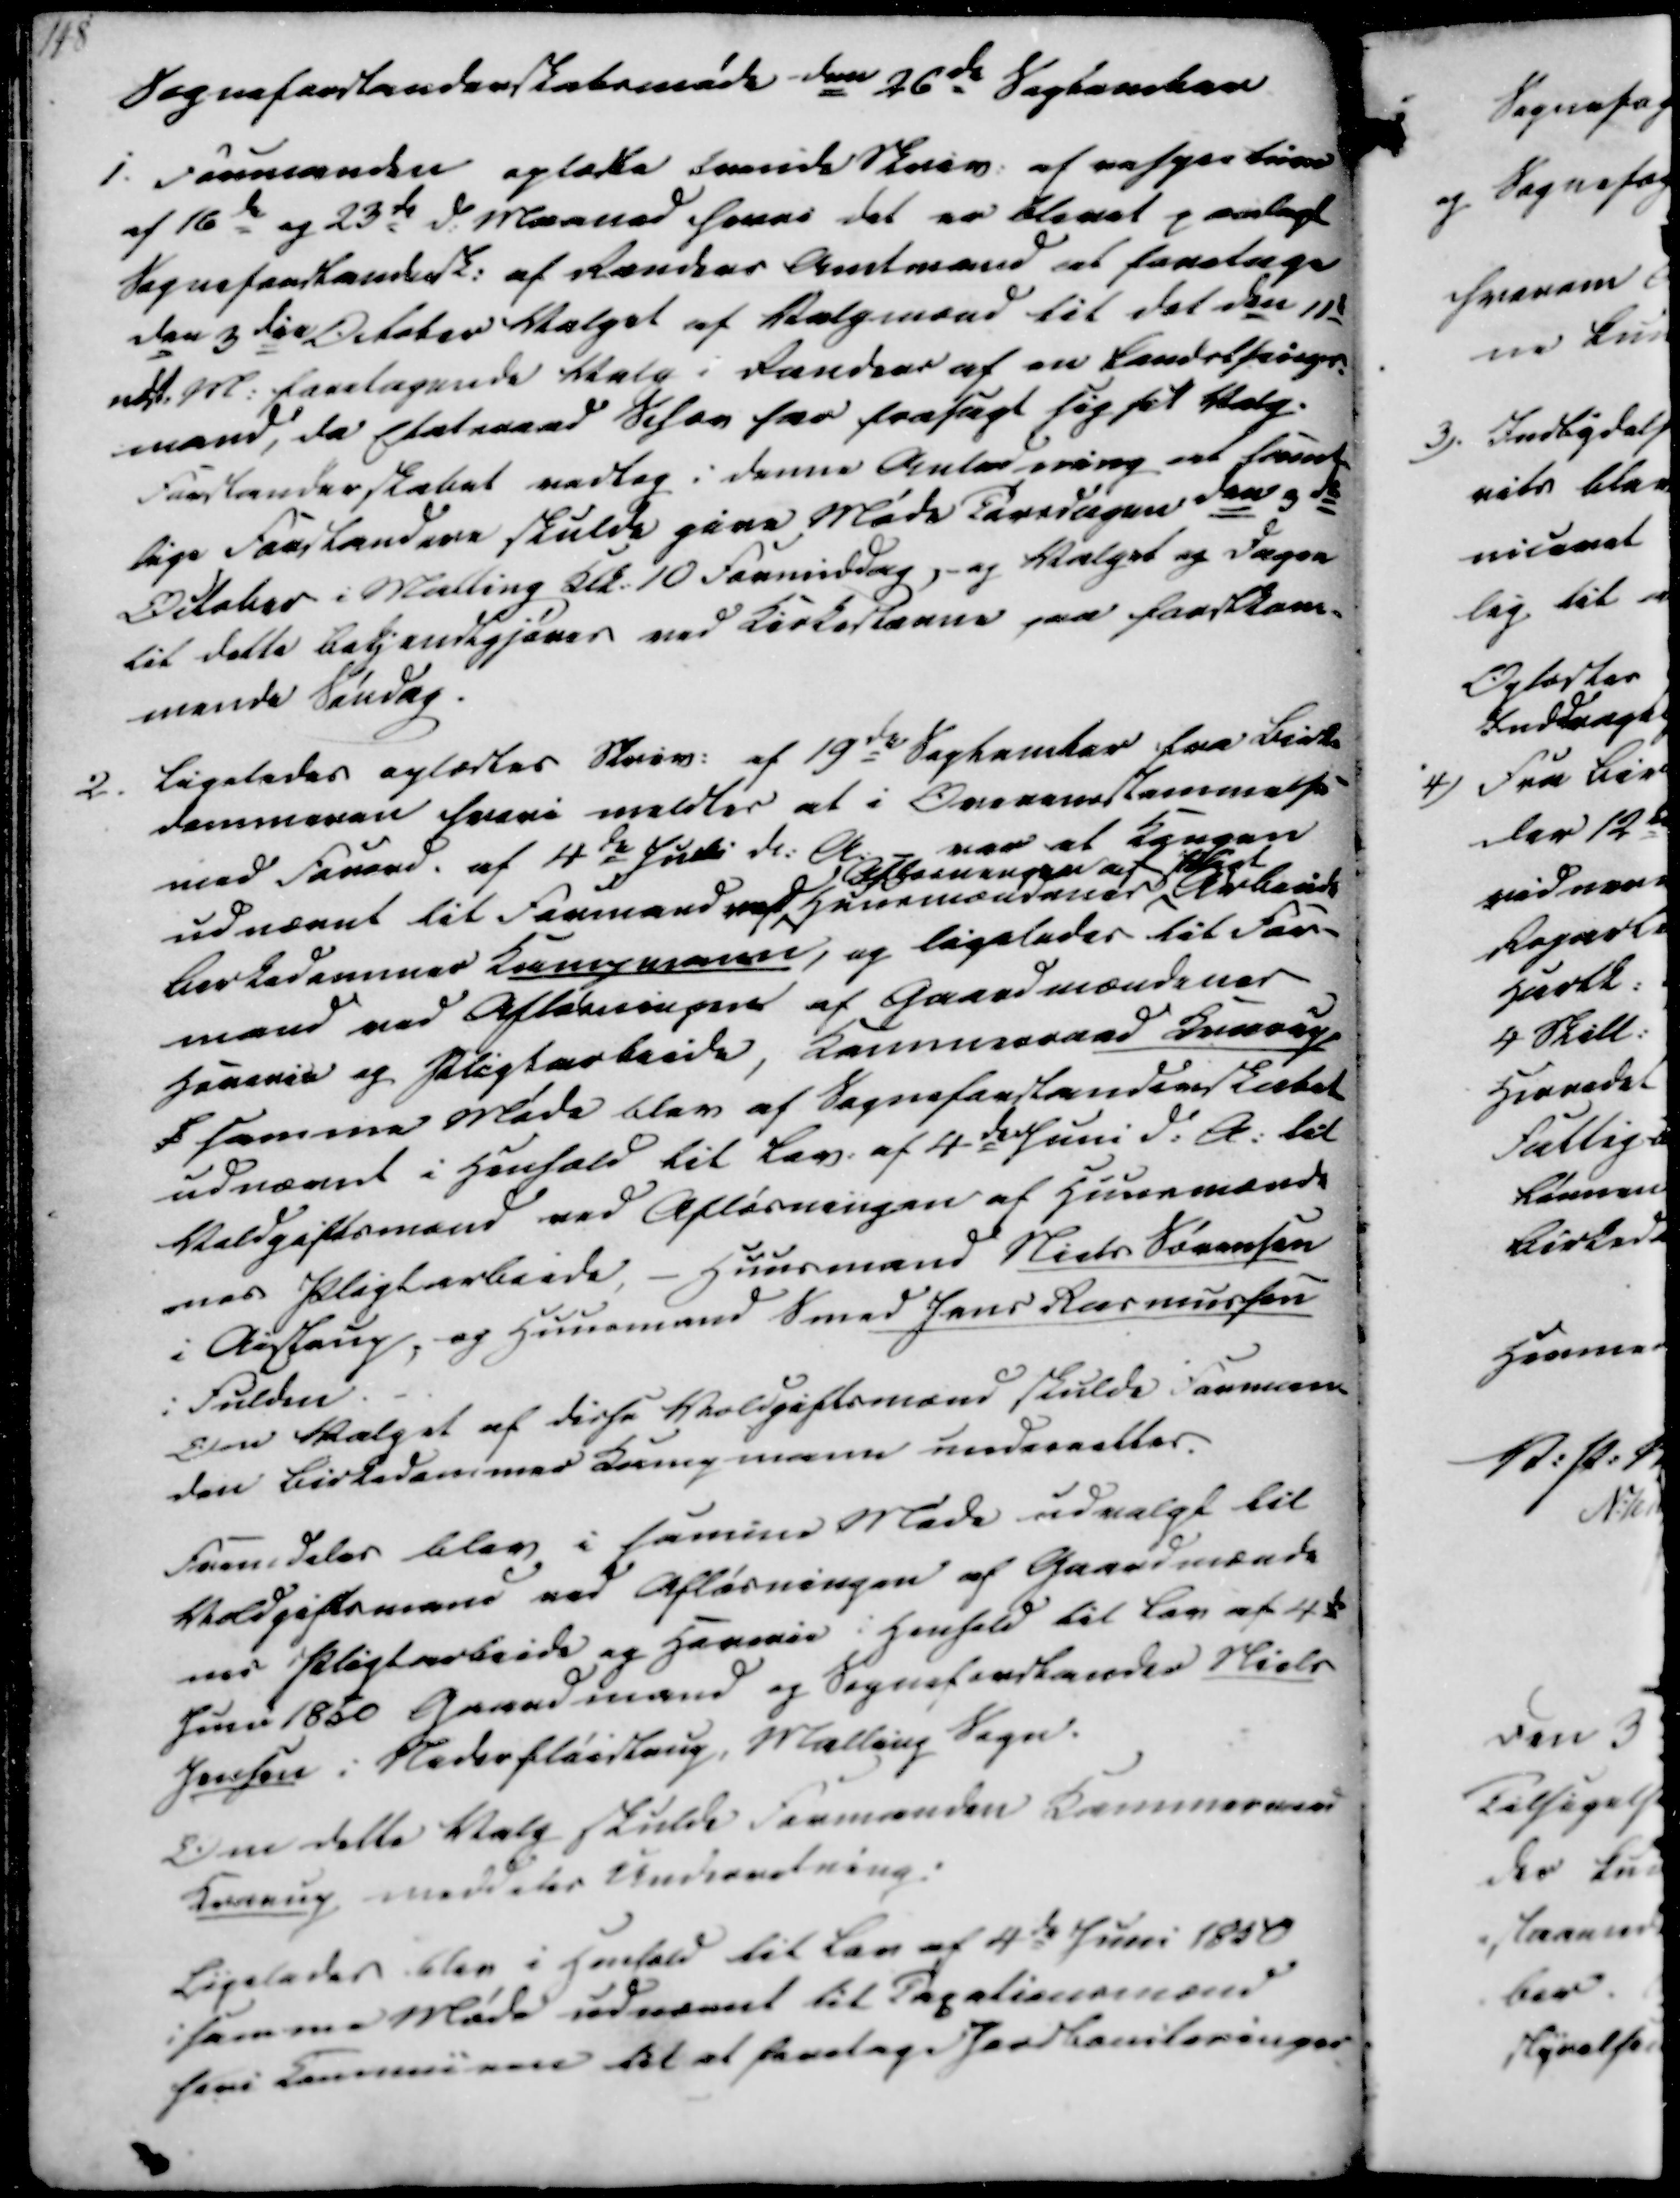
Transskription:
Sogneforstanderskabsmøde den 26de September
1. Formanden oplæste tvende Skriv. af vespertion
af 16de og 23de d. Maaned hvori det er blevet paalagt
Sogneforstandersk. af Randers Amtmand at foretage
den 3die October Valget af Valgmænd til det den 11de
næst. M. foretagende Valg i Randers af en Landsthings-
mand, da Etatsraad Sehov har frasagt sig sit Valg.
Forstanderskabet vedtog i denne Anledning at foran-
lige Forstandere skulde give Møde Tirsdagen den 3de
October i Malling Klk. 10 Formiddag, og Valget og Dagen
til dette Bekjendtgjøres ved Kirkestevne paa førstkom-
mende Søndag.

2. Ligeledes oplæstes Skriv. af 19de September fra Birke
dommeren hvori meldtes at i Overensstemmelse
med Forord. af 4de Juli d.A. - var at Kongen
udnævnt til Formand ved
Afborningen af
Huusmændenes
Pligt
Arbeide
Birkedommer Kampmann, og ligeledes til For-
mand ved Aflæsningen af Gaardmændenes
Haverie og Pligtarbeide, Kammerraad Krarup
f samme Møde blev af Sogneforstanderskabet
udnævnt i Henhold til Lov af 4de Juni d.A. til
Voldgiftsmænd ved Afløsningen af Huusmænde
nes Pligtarbeide, - Huusmand Niels Sørensen
i Aistrup, og Huusmand Smed Jens Rasmussen
i Fulden.
Om Valget af disse Voldgiftsmænd skulde Forman-
den Birkedommer Kampmann underettes.
Fremdeles blev i samme Møde udvalgt til
Voldgiftsmand ved Afløsningen af Gaardmænde
nes Pligtarbeide og Hermie i Henhold til Lov af 4de
Juni 1850 Gaardmand og Sogneforstander Niels
Jensen i Nederfløistrup, Malling Sogn.
Om dette Valg skulde Formanden Kammeraad
Krarup meddeles Underretning.
Ligeledes blev i Henhold til Lov af 4de Juni 1850
i samme Møde udnævnt til Taxationsmænd
heri Commmunien til at foretage Jordbeniteringer